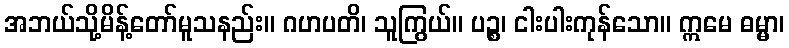
အဘယ်သို့မိန့်တော်မူသနည်း။ ဂဟပတိ၊ သူကြွယ်။ ပဉ္စ၊ ငါးပါးကုန်သော။ ဣမေ ဓမ္မာ၊